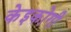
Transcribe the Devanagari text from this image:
केइकोगी